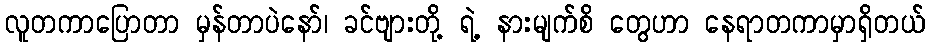
လူတကာပြောတာ မှန်တာပဲနော်၊ ခင်ဗျားတို့ ရဲ့ နားမျက်စိ တွေဟာ နေရာတကာမှာရှိတယ်